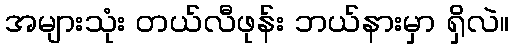
အများသုံး တယ်လီဖုန်း ဘယ်နားမှာ ရှိလဲ။